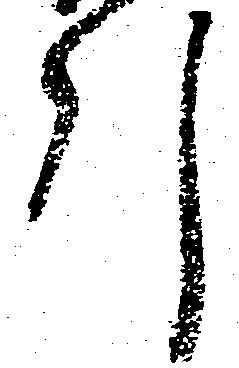
引